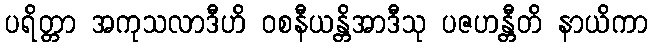
ပရိတ္တာ အကုသလာဒီဟိ ဝစနီယန္တိအာဒီသု ပဇဟန္တီတိ နာယိကာ